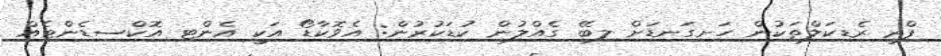
ފްރީ ރެޑިކަލްތަކުން ހަށިގަނޑަށް ލިބޭ ގެއްލުން ކުޑަކުރުން: އެވޮކާޑޯ އަކީ އެންޓި އޮކްސިޑެންޓެއް